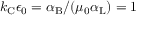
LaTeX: k _ { \mathrm { { C } } } \epsilon _ { 0 } = \alpha _ { \mathrm { { B } } } / ( \mu _ { 0 } \alpha _ { \mathrm { { L } } } ) = 1